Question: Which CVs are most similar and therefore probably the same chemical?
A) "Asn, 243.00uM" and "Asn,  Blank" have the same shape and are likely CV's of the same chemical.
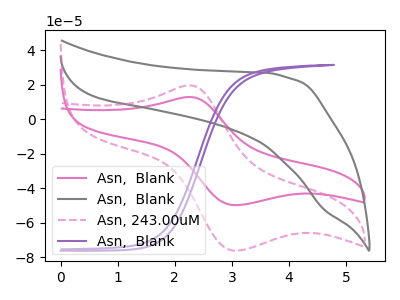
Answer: <think>The pink curve "Asn,  Blank" has an anodic peak at (2.25V, 12.75uA) and a cathodic peak at (3.10V, -49.95uA). The gray curve "Asn,  Blank" has no peaks. The pink dashed curve "Asn, 243.00uM" has an anodic peak at (2.25V, 19.55uA) and a cathodic peak at (3.10V, -76.40uA). The purple curve "Asn,  Blank" has no peaks.
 "Asn,  Blank" and "Asn,  Blank" have a different number of peaks. All the peaks in "Asn,  Blank" have a peak in "Asn, 243.00uM" at the same potential. Every peak in "Asn,  Blank" is lower than every peak in "Asn, 243.00uM". "Asn,  Blank" and "Asn,  Blank" have a different number of peaks. "Asn,  Blank" and "Asn, 243.00uM" have a different number of peaks. Neither "Asn,  Blank" or "Asn,  Blank" have any peaks. "Asn, 243.00uM" and "Asn,  Blank" have a different number of peaks.</think>
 <answer>A) "Asn, 243.00uM" and "Asn,  Blank" have the same shape and are likely CV's of the same chemical.</answer>
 <eval>A</eval>